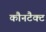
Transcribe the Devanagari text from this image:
कौनटैक्ट